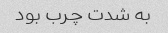
به شدت چرب بود